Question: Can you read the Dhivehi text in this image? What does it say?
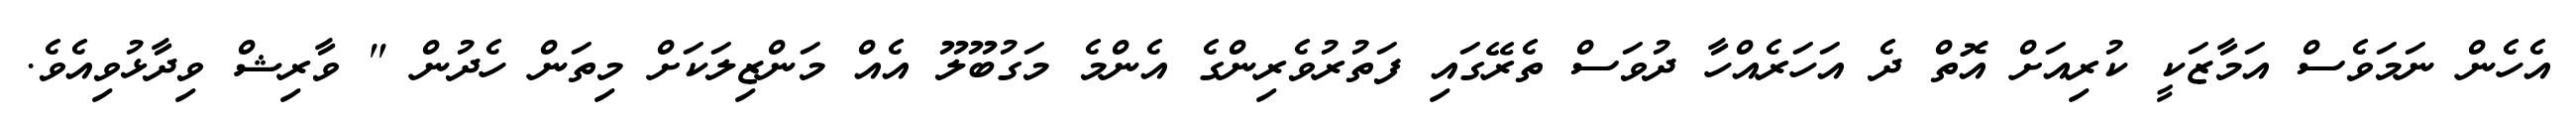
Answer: އެހެން ނަމަވެސް އަމާޒަކީ ކުރިއަށް އޮތް ދެ އަހަރެއްހާ ދުވަސް ތެރޭގައި ފަތުރުވެރިންގެ އެންމެ މަގުބޫލޫ އެއް މަންޒިލަކަށް މިތަން ހެދުން " ވާރިޝް ވިދާޅުވިއެވެ.